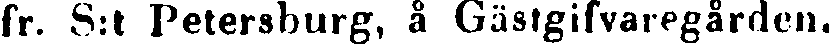
fr. S:t Petersburg, å Gästgifvaregården.